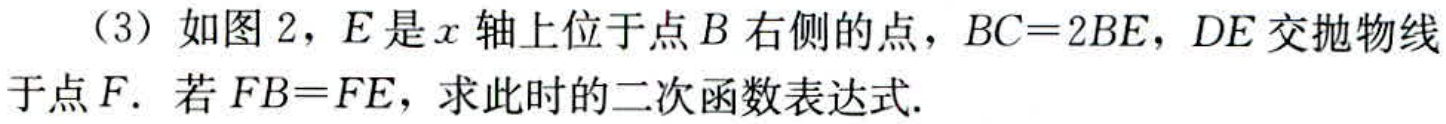
（3）如图2，E是x轴上位于点B右侧的点，BC = 2BE，DE交抛物线于点F．若FB = FE，求此时的二次函数表达式.